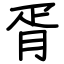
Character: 胥